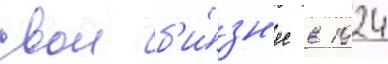
свои б'и́зн'ес в 1924